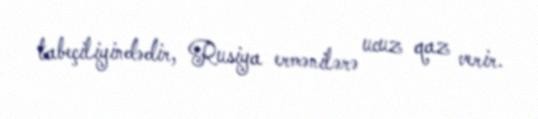
tabeçiliyindədir, Rusiya ermənilərə ucuz qaz verir.